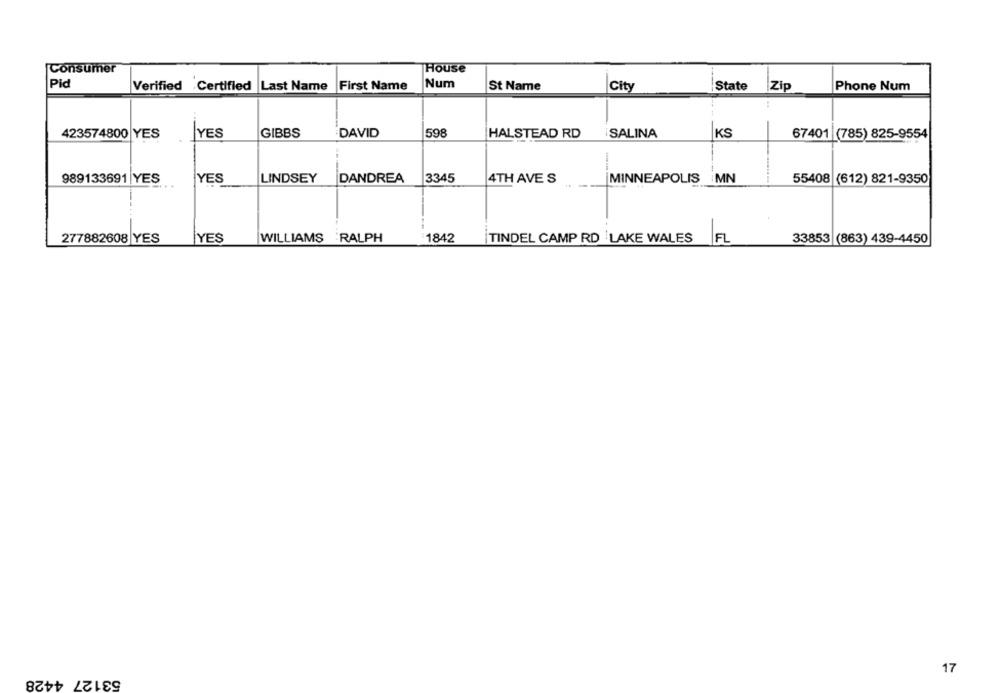
Consumer
House
Pid
Verified Certified Last Name
First Name
Num
St Name
City
State
Zip
Phone Num
423574800 YES
YES
GIBBS
DAVID
598
HALSTEAD RD
iSALINA
KS
67401 (785) 825-9554
989133691 YES
YES
LINDSEY
DANDREA
3345
4TH AVE S
MINNEAPOLIS MN
55408 (612) 821-9350
...
277882608 YES
YES
WILLIAMS RALPH
1842
TINDEL CAMP RD LAKE WALES FL
33853 (863) 439-4450
17
53127 4428